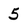
Character: 5